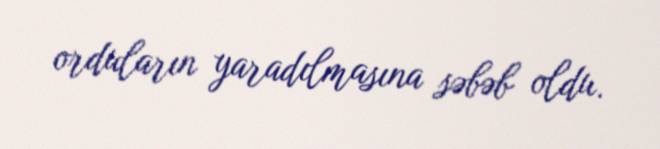
orduların yaradılmasına səbəb oldu.